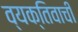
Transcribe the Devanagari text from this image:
व्यक्तिवाची